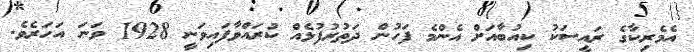
އެމެރިކާގެ ރައީސަކު ކިއުބާއަށް އެންމެ ފަހުން ދަތުރުފުޅެއް ކުރައްވާފައިވަނީ 1928 ވަނަ އަހަރެވެ.